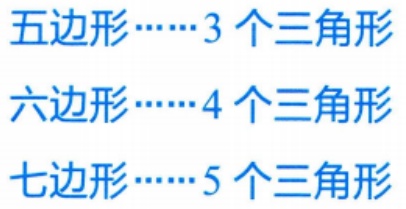
五边形……3 个三角形
六边形……4 个三角形
七边形……5 个三角形